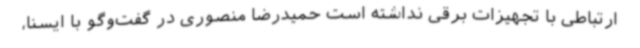
ارتباطی با تجهیزات برقی نداشته است حمیدرضا منصوری در گفت‌وگو با ایسنا،